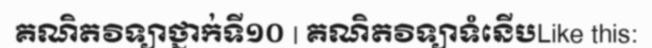
គណិតវិទ្យាថ្នាក់ទី១០ | គណិតវិទ្យាទំនើបLike this: